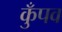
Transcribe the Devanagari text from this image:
कुँपव